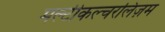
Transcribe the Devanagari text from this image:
मल्टीकल्चरलिज़म